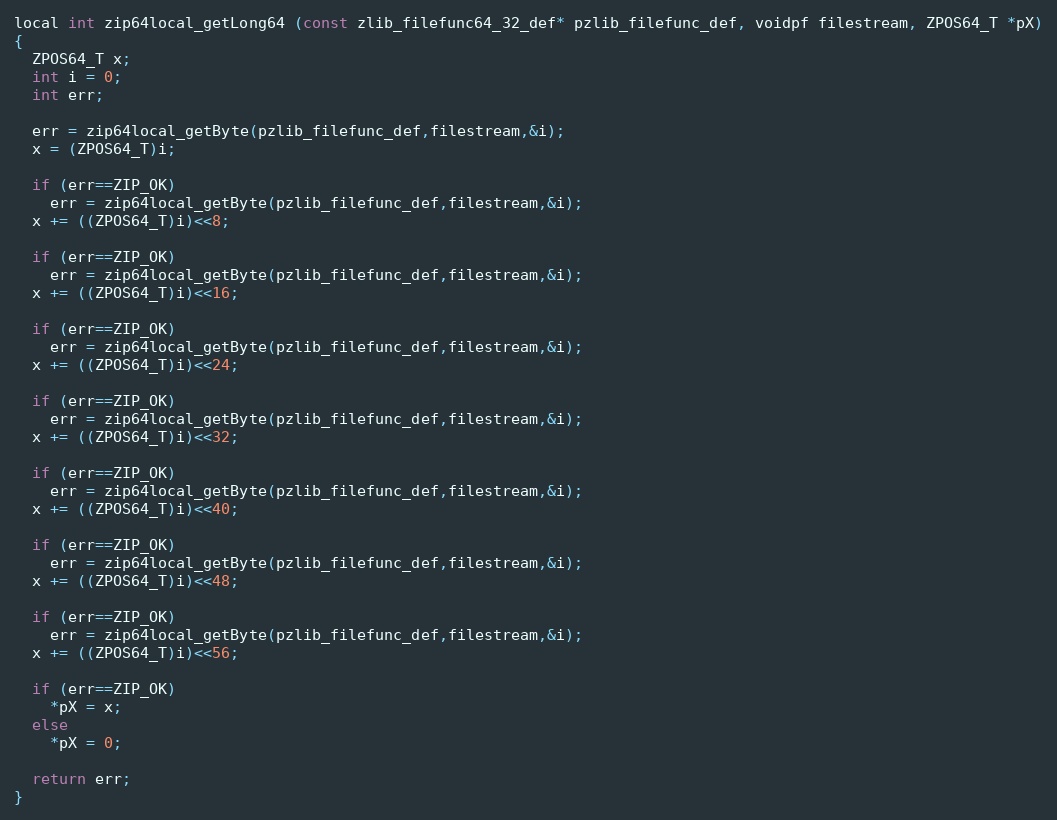
Language: C
local int zip64local_getLong64 (const zlib_filefunc64_32_def* pzlib_filefunc_def, voidpf filestream, ZPOS64_T *pX)
{
  ZPOS64_T x;
  int i = 0;
  int err;

  err = zip64local_getByte(pzlib_filefunc_def,filestream,&i);
  x = (ZPOS64_T)i;

  if (err==ZIP_OK)
    err = zip64local_getByte(pzlib_filefunc_def,filestream,&i);
  x += ((ZPOS64_T)i)<<8;

  if (err==ZIP_OK)
    err = zip64local_getByte(pzlib_filefunc_def,filestream,&i);
  x += ((ZPOS64_T)i)<<16;

  if (err==ZIP_OK)
    err = zip64local_getByte(pzlib_filefunc_def,filestream,&i);
  x += ((ZPOS64_T)i)<<24;

  if (err==ZIP_OK)
    err = zip64local_getByte(pzlib_filefunc_def,filestream,&i);
  x += ((ZPOS64_T)i)<<32;

  if (err==ZIP_OK)
    err = zip64local_getByte(pzlib_filefunc_def,filestream,&i);
  x += ((ZPOS64_T)i)<<40;

  if (err==ZIP_OK)
    err = zip64local_getByte(pzlib_filefunc_def,filestream,&i);
  x += ((ZPOS64_T)i)<<48;

  if (err==ZIP_OK)
    err = zip64local_getByte(pzlib_filefunc_def,filestream,&i);
  x += ((ZPOS64_T)i)<<56;

  if (err==ZIP_OK)
    *pX = x;
  else
    *pX = 0;

  return err;
}